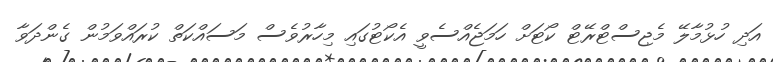
އަދި ހުޅުމާލޭ މެޖިސްޓްރޭޓް ކޯޓަށް ހަމަޖެއްސެވީ އެކޯޓުގައި މިހާރުވެސް މަސައްކަތް ކުރައްވަމުން ގެންދަވާ